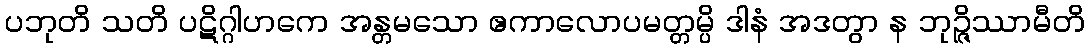
ပဘုတိ သတိ ပဋိဂ္ဂါဟကေ အန္တမသော ဧကာလောပမတ္တမ္ပိ ဒါနံ အဒတွာ န ဘုဉ္ဇိဿာမီတိ